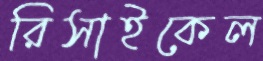
রিসাইকেল